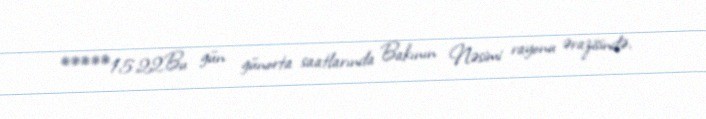
*****15.22Bu gün günorta saatlarında Bakının Nəsimi rayonu ərazisində,